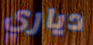
دياري